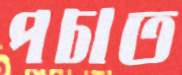
পচাত